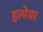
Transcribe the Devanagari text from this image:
हत्येवर